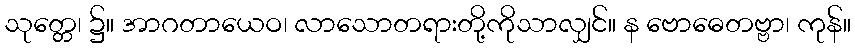
သုတ္တေ၊ ၌။ အာဂတာယေဝ၊ လာသောတရားတို့ကိုသာလျှင်။ န ဗောဓေတဗ္ဗာ၊ ကုန်။